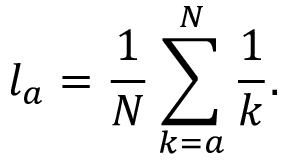
l _ { a } = \frac { 1 } { N } \sum _ { k = a } ^ { N } \frac { 1 } { k } .